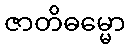
ဇာတိဓမ္မော